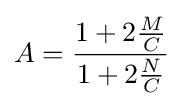
A={\frac {1+2{\frac {M}{C}}}{1+2{\frac {N}{C}}}}